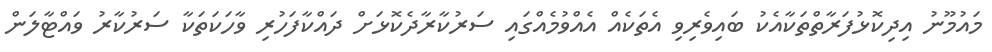
މައުމޫނު އިދިކޮޅުފަރާތްތަކާއެކު ބައިވެރިވި އެތަކެއް އެއްވުމެއްގައި ސަރުކާރާދެކޮޅަށް ދައްކާފަހުރި ވާހަކަތަކާ ސަރުކާރު ވައްޓާލަން